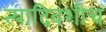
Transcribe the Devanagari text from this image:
त्यादिवशीच